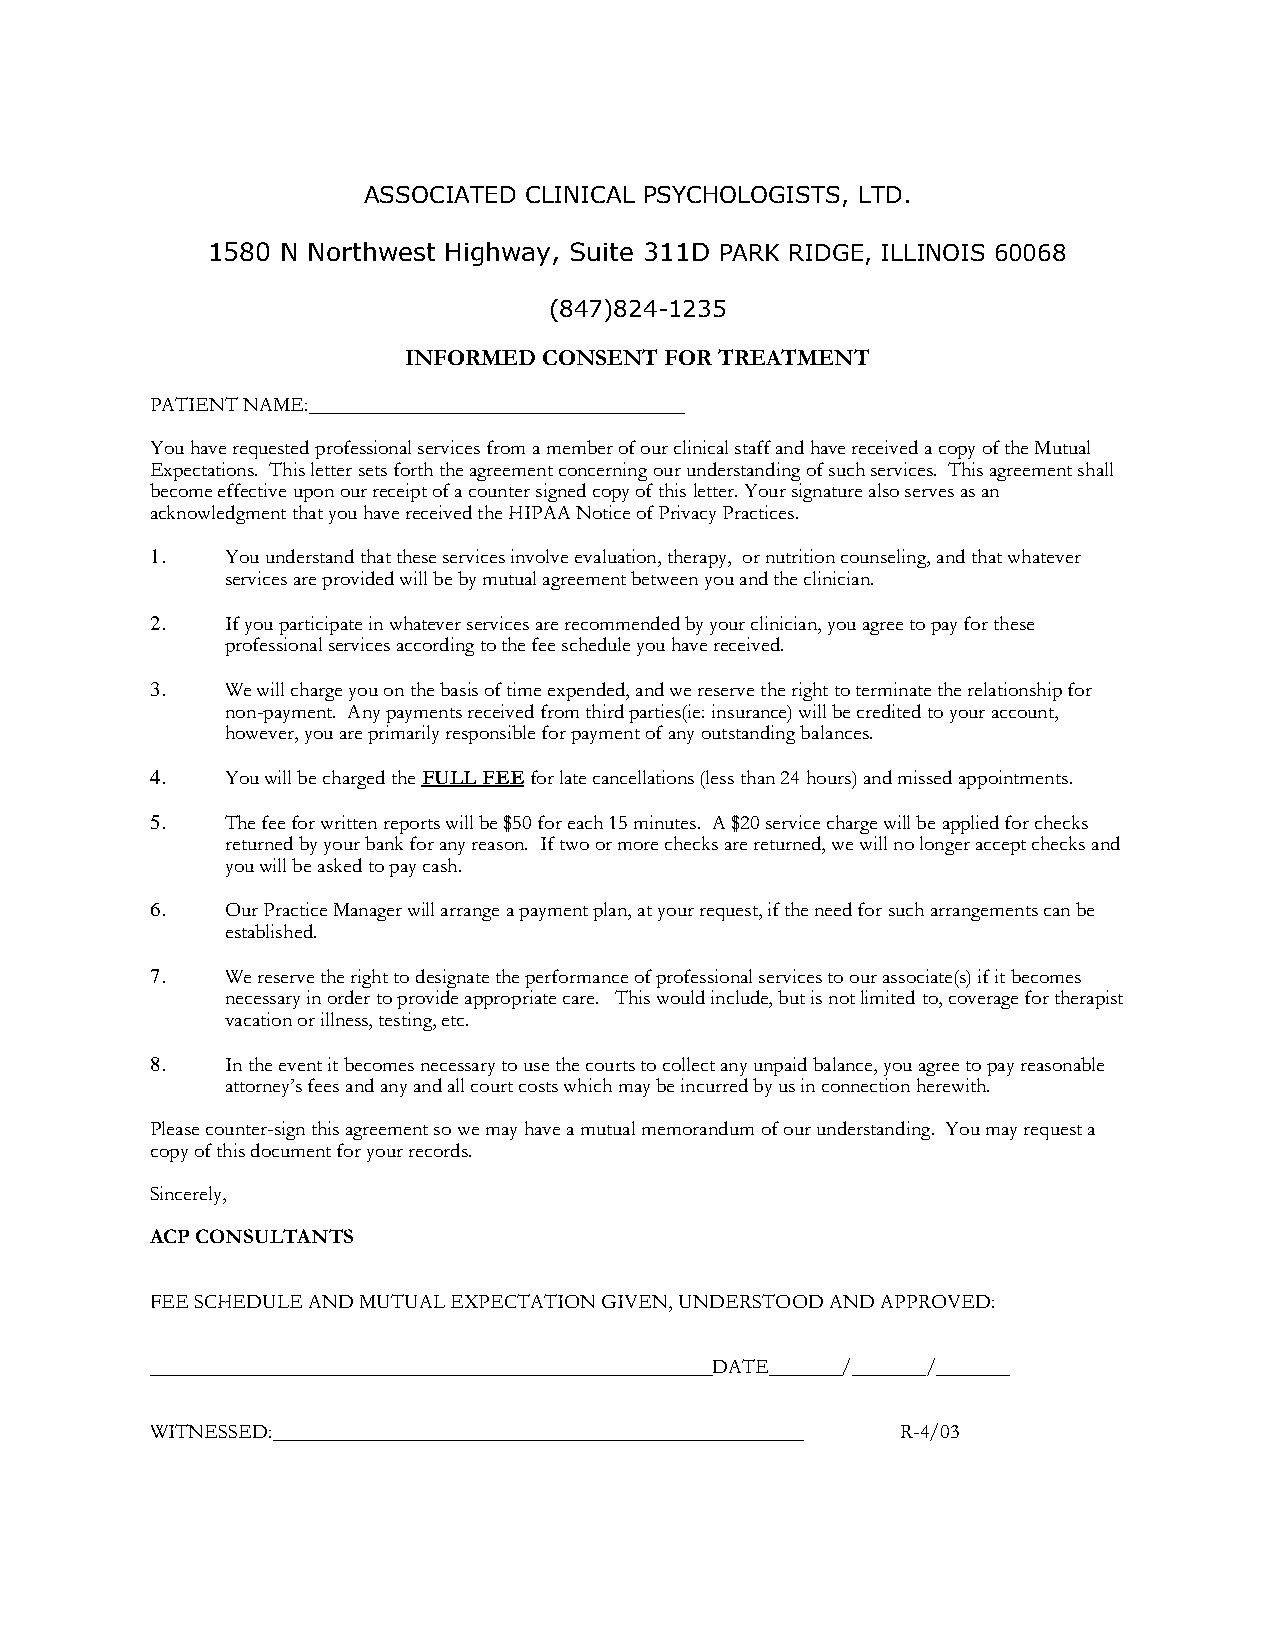
ASSOCIATED CLINICAL PSYCHOLOGISTS, LTD.
 1580 N Northwest Highway, Suite 311D PARK RIDGE, ILLINOIS 60068
 (847)824-1235
 INFORMED CONSENT FOR TREATMENT
 PATIENT NAME:____________________________________
 You have requested professional services from a member of our clinical staff and have received a copy of the Mutual
 Expectations. This letter sets forth the agreement concerning our understanding of such services. This agreement shall
 become effective upon our receipt of a counter signed copy of this letter. Your signature also serves as an
 acknowledgment that you have received the HIPAA Notice of Privacy Practices.
 1.   You understand that these services involve evaluation, therapy, or nutrition counseling, and that whatever
 services are provided will be by mutual agreement between you and the clinician.
 2.   If you participate in whatever services are recommended by your clinician, you agree to pay for these
 professional services according to the fee schedule you have received.
 3.   We will charge you on the basis of time expended, and we reserve the right to terminate the relationship for
 non-payment. Any payments received from third parties(ie: insurance) will be credited to your account,
 however, you are primarily responsible for payment of any outstanding balances.
 4.   You will be charged the FULL FEE for late cancellations (less than 24 hours) and missed appointments.
 5.   The fee for written reports will be $50 for each 15 minutes. A $20 service charge will be applied for checks
 returned by your bank for any reason. If two or more checks are returned, we will no longer accept checks and
 you will be asked to pay cash.
 6.   Our Practice Manager will arrange a payment plan, at your request, if the need for such arrangements can be
 established.
 7.   We reserve the right to designate the performance of professional services to our associate(s) if it becomes
 necessary in order to provide appropriate care. This would include, but is not limited to, coverage for therapist
 vacation or illness, testing, etc.
 8.   In the event it becomes necessary to use the courts to collect any unpaid balance, you agree to pay reasonable
 attorney’s fees and any and all court costs which may be incurred by us in connection herewith.
 Please counter-sign this agreement so we may have a mutual memorandum of our understanding. You may request a
 copy of this document for your records.
 Sincerely,
 ACP CONSULTANTS
 FEE SCHEDULE AND MUTUAL EXPECTATION GIVEN, UNDERSTOOD AND APPROVED:
 ______________________________________________________DATE_______/_______/_______
 WITNESSED:___________________________________________________ R-4/03